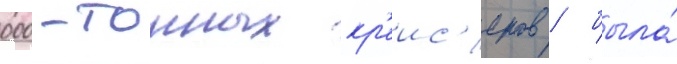
000-тонных кр'еис'еров / была́